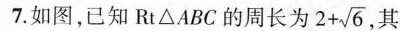
7. 如图，已知 Rt△ABC的周长为 $$2 + \sqrt { 6 }$$ ，其